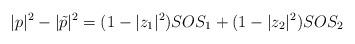
LaTeX: \begin{align*} |p|^2-|\tilde{p}|^2 = (1-|z_1|^2)SOS_1 + (1-|z_2|^2)SOS_2\end{align*}